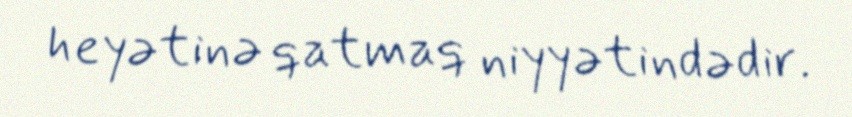
heyətinə qatmaq niyyətindədir.